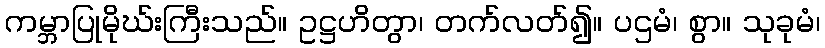
ကမ္ဘာပြုမိုဃ်းကြီးသည်။ ဥဋ္ဌဟိတွာ၊ တက်လတ်၍။ ပဌမံ၊ စွာ။ သုခုမံ၊